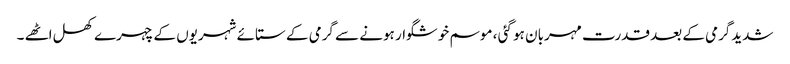
شدیدگرمی کے بعد قدرت مہربان ہو گئی ، موسم خوشگوار ہونے سے گرمی کے ستائے شہریوں کے چہرے کھل اٹھے ۔